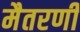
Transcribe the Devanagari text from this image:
मैतरणी